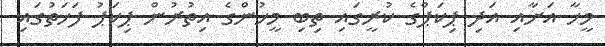
މީހާ އަށާއި އަދި ޕިކަޕްގެ ކުރީގައި ތިބި މީހުންގެ އިތުރުން ޕިކަޕު ފަހަތުގައި